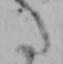
た